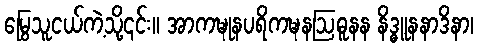
မြွေသူငယ်ကဲ့သို့၎င်း။ အာကဍ္ဎုနပရိကဍ္ဎနဩဓူနန နိဒ္ဓူနနာဒိနာ၊